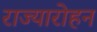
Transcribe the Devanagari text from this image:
राज्यारोहन